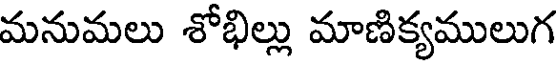
మనుమలు శోభిల్లు మాణిక్యములుగ